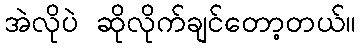
အဲလိုပဲ ဆိုလိုက်ချင်တော့တယ်။